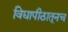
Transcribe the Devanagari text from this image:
विद्यापीठातूनच